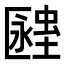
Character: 𧏔